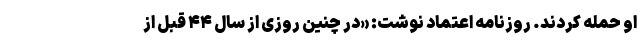
او حمله کردند. روزنامه اعتماد نوشت: «در چنین روزی از سال ۴۴ قبل از